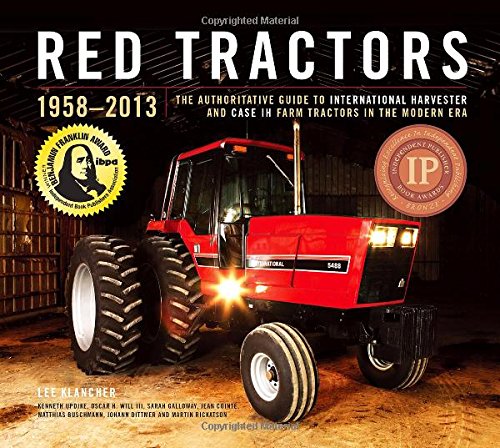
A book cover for Red Tractors 1958-2013: The Authoritative Guide to Farmall, International Harvester and Case IH Farm Tractors in the Modern Era; Lee Klancher; Engineering & Transportation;